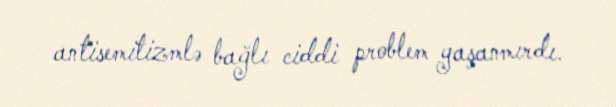
antisemitizmlə bağlı ciddi problem yaşanmırdı.